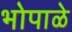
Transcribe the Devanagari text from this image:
भोपाळे